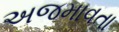
અજમાવતા